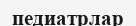
педиатрлар